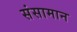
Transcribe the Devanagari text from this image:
संसामान